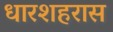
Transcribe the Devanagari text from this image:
धारशहरास